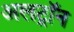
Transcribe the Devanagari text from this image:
अलट्राॅन